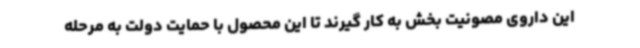
این داروی مصونیت بخش به کار گیرند تا این محصول با حمایت دولت به مرحله